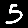
Digit: 5